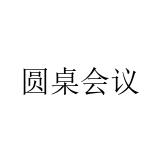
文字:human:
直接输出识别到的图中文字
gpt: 圆桌会议